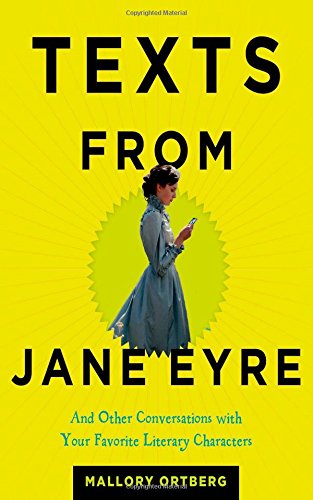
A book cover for Texts from Jane Eyre: And Other Conversations with Your Favorite Literary Characters; Mallory Ortberg; Humor & Entertainment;